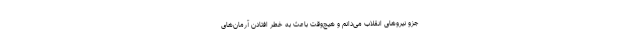
جزو نیروهای انقلاب می‌دانم و هیچ‌وقت باعث به خطر افتادن آرمان‌های